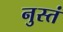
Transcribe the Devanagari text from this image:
नुस्तं